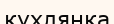
кухлянка